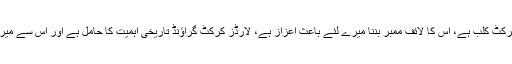
اس موقع پر کلارک نے اپنے بیان میں کہا کہ ایم سی سی دنیا کا شاندار کرکٹ کلب ہے، اس کا لائف ممبر بننا میرے لئے باعث اعزاز ہے، لارڈز کرکٹ گراؤنڈ تاریخی اہمیت کا حامل ہے اور اس سے میری اچھی یادیں وابستہ ہیں اسلئے اس کا ممبر بننے پر بے حد خوشی ہوئی۔